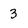
Character: 3